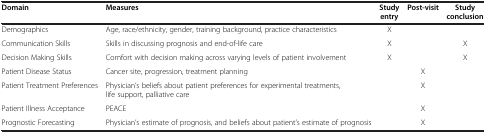
<table><thead><tr><td><b>Domain</b></td><td><b>Measures</b></td><td><b>Study entry</b></td><td><b>Post-visit</b></td><td><b>Study conclusion</b></td></tr></thead><tbody><tr><td>Demographics</td><td>Age, race/ethnicity, gender, training background, practice characteristics</td><td>X</td><td> </td><td> </td></tr><tr><td>Communication Skills</td><td>Skills in discussing prognosis and end-of-life care</td><td>X</td><td> </td><td>X</td></tr><tr><td>Decision Making Skills</td><td>Comfort with decision making across varying levels of patient involvement</td><td>X</td><td> </td><td>X</td></tr><tr><td>Patient Disease Status</td><td>Cancer site, progression, treatment planning</td><td> </td><td>X</td><td> </td></tr><tr><td>Patient Treatment Preferences</td><td>Physician’s beliefs about patient preferences for experimental treatments, life support, palliative care</td><td> </td><td>X</td><td> </td></tr><tr><td>Patient Illness Acceptance</td><td>PEACE</td><td> </td><td>X</td><td> </td></tr><tr><td>Prognostic Forecasting</td><td>Physician’s estimate of prognosis, and beliefs about patient’s estimate of prognosis</td><td> </td><td>X</td><td> </td></tr></tbody></table>